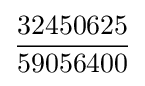
{\frac {32450625}{59056400}}